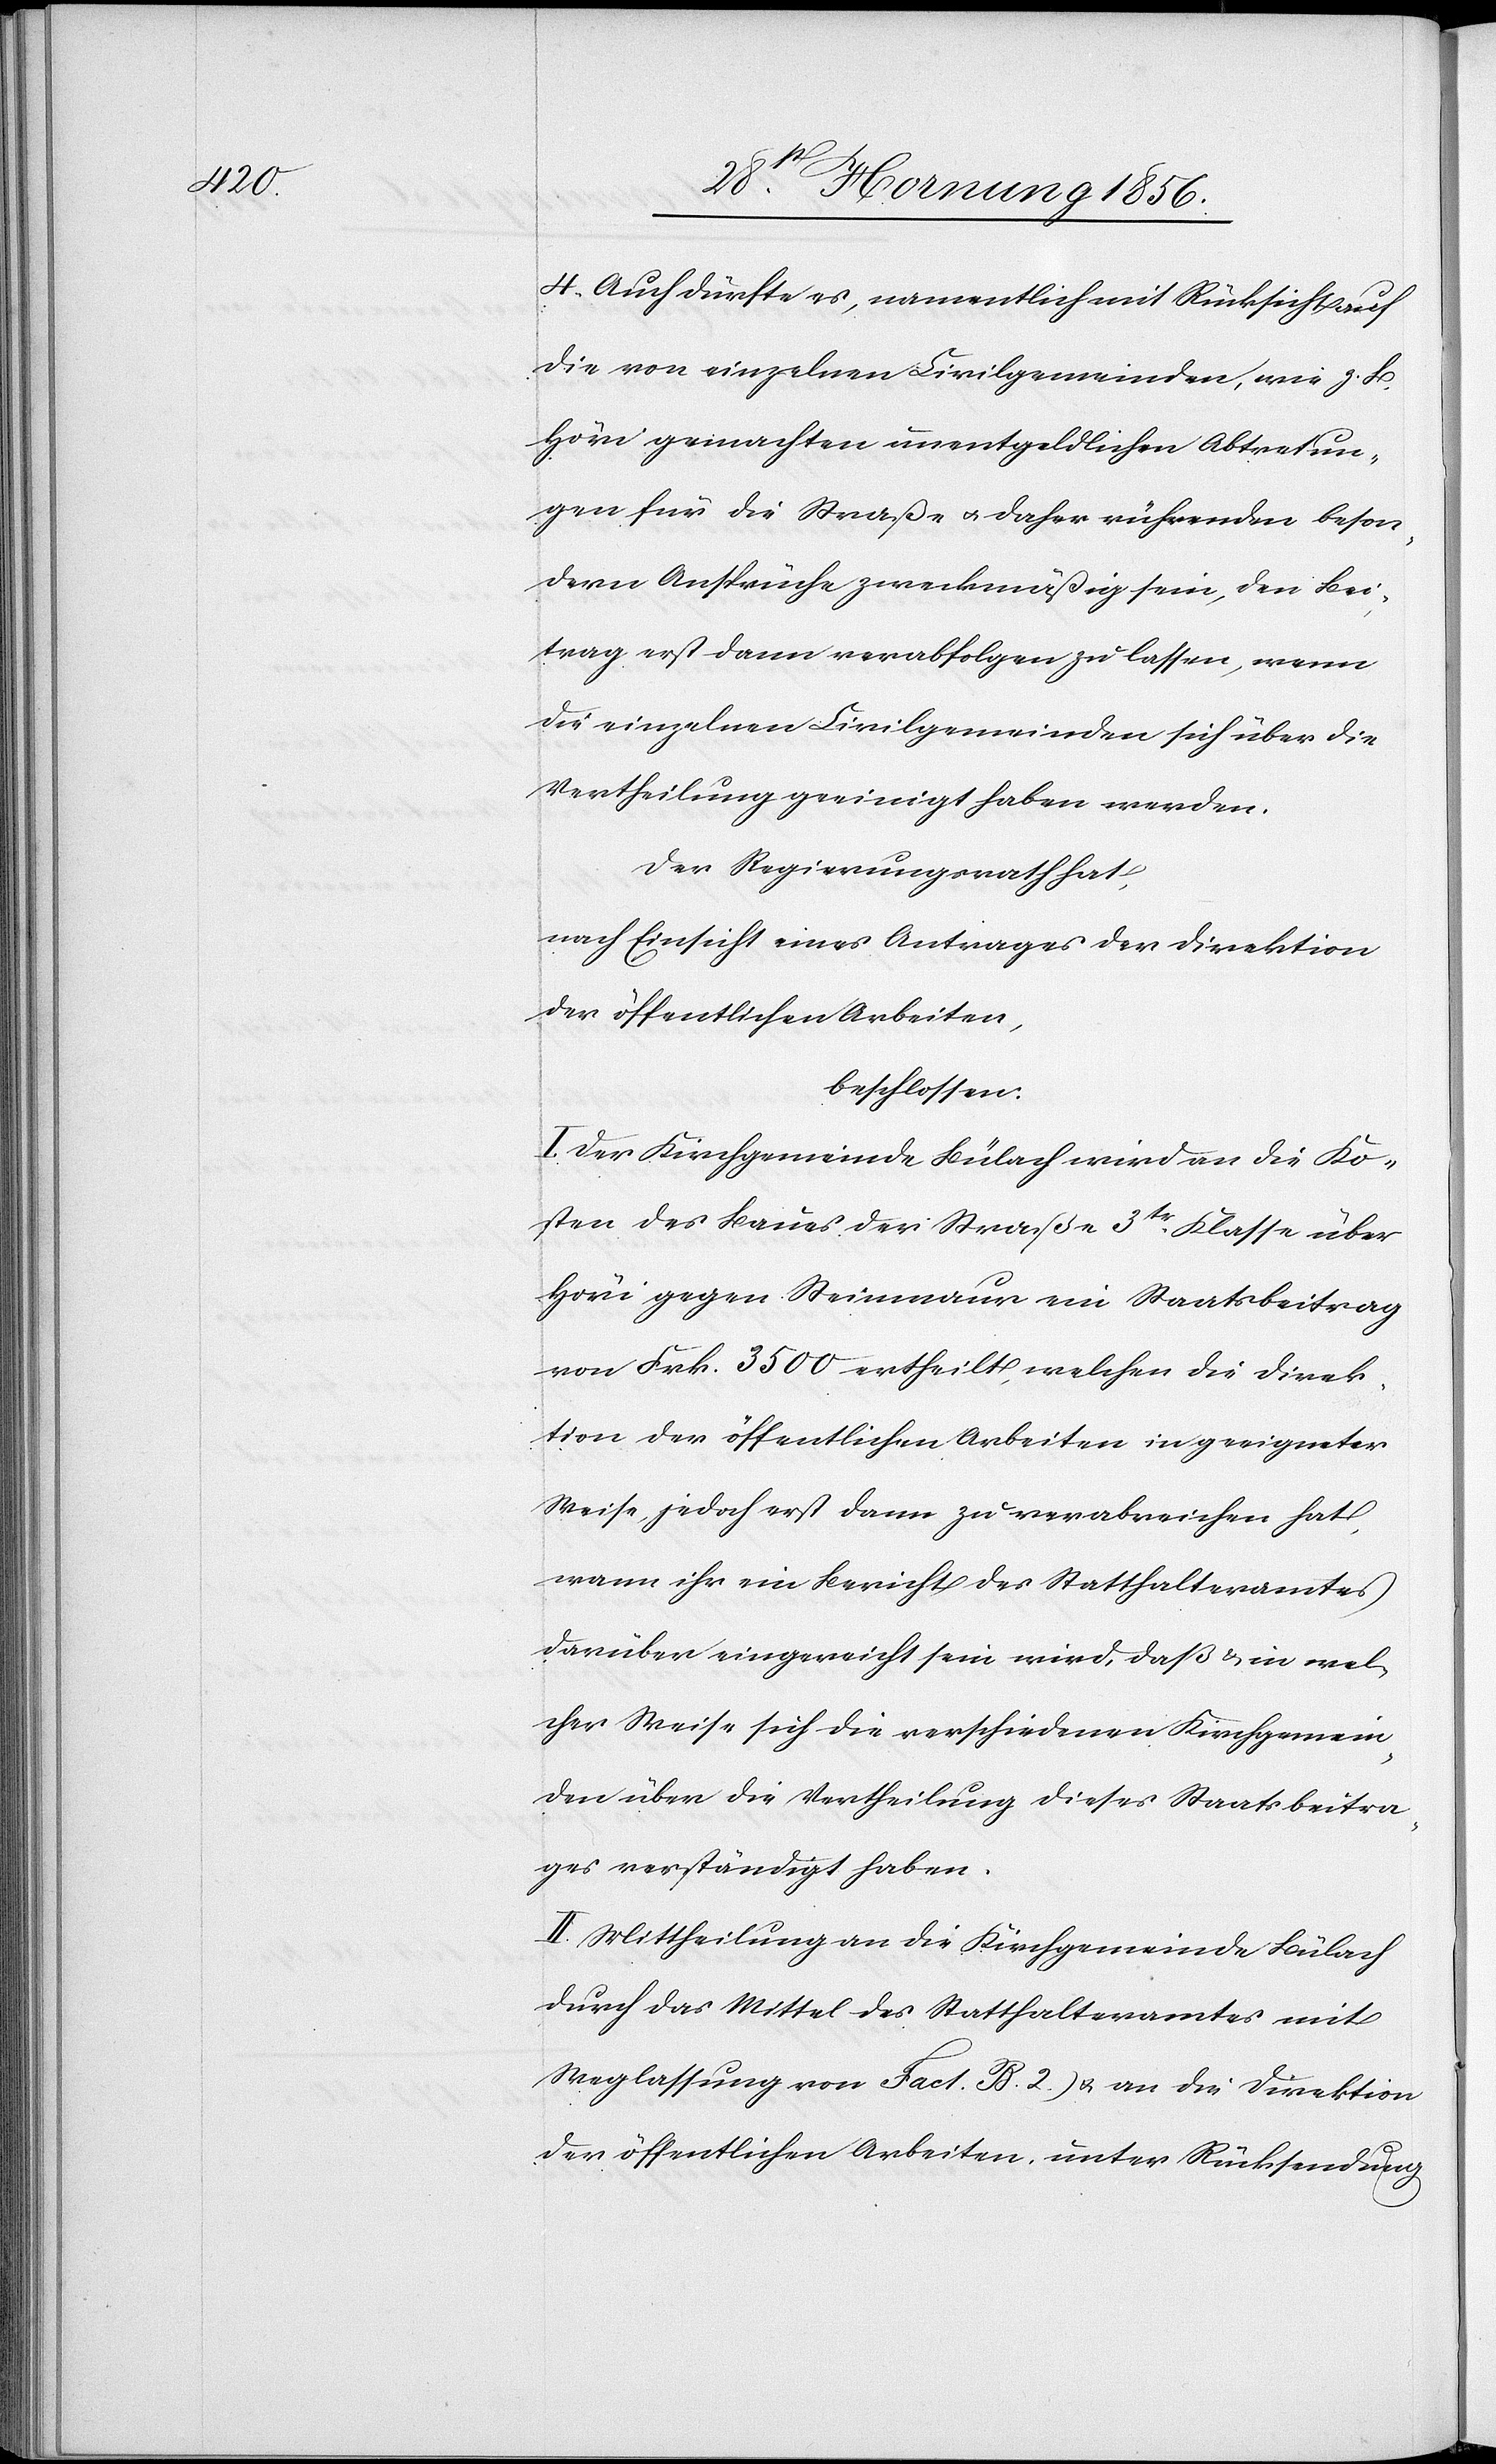
4. Auch dürfte es, namentlich mit Rücksicht auf
die von einzelnen Civilgemeinden, wie z. B.
Höri gemachten unentgeldlichen Abtretun¬
gen für die Straße u. daher rührenden beson¬
dern Ansprüche zweckmäßig sein, den Bei¬
trag erst dann verabfolgen zu lassen, wenn
die einzelnen Civilgemeinden sich über die
Vertheilung geeinigt haben werden.
Der Regierungsrath hat,
nach Einsicht eines Antrages der Direktion
der öffentlichen Arbeiten,
beschlossen:
I. Der Kirchgemeinde Bülach wird an die Ko¬
sten des Baues der Straße 3tr Klasse über
Höri gegen Steinmaur ein Staatsbeitrag
von Frk. 3500 ertheilt, welchen die Direk¬
tion der öffentlichen Arbeiten in geeigneter
Weise jedoch erst dann zu verabreichen hat,
wenn ihr ein Bericht des Statthalteramtes
darüber eingereicht sein wird, daß u. in wel¬
cher Weise sich die verschiedenen Kirchgemein¬
den über die Vertheilung dieses Staatsbeitra¬
ges verständigt haben.
II. Mittheilung an die Kirchgemeinde Bülach
durch das Mittel des Statthalteramtes mit
Weglassung von Fact. B. 2.) & an die Direktion
der öffentlichen Arbeiten, unter Rücksendung